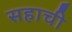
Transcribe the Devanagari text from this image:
सहाची